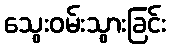
သွေးဝမ်းသွားခြင်း